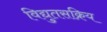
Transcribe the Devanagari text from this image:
विद्युतसक्रिय